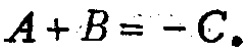
\(A + B = - C\)